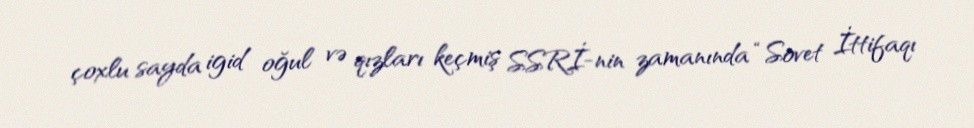
çoxlu sayda igid oğul və qızları keçmiş SSRİ-nin zamanında “Sovet İttifaqı